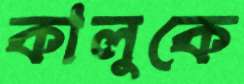
কালুকে